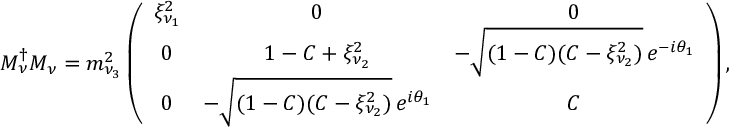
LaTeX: M _ { \nu } ^ { \dagger } M _ { \nu } = m _ { \nu _ { 3 } } ^ { 2 } \left( \begin{array} { c c c } { { \xi _ { \nu _ { 1 } } ^ { 2 } } } & { { 0 } } & { { 0 } } \\ { { 0 } } & { { 1 - C + \xi _ { \nu _ { 2 } } ^ { 2 } } } & { { - \sqrt { ( 1 - C ) ( C - \xi _ { \nu _ { 2 } } ^ { 2 } ) } \, e ^ { - i \theta _ { 1 } } } } \\ { { 0 } } & { { - \sqrt { ( 1 - C ) ( C - \xi _ { \nu _ { 2 } } ^ { 2 } ) } \, e ^ { i \theta _ { 1 } } } } & { { C } } \end{array} \right) ,